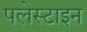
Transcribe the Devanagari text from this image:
पलेस्टाइन